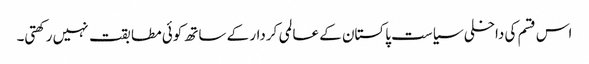
اس قسم کی داخلی سیاست پاکستان کے عالمی کردار کے ساتھ کوئی مطابقت نہیں رکھتی۔